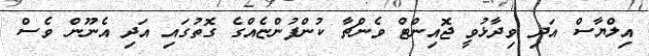
އިލްޔާސް އަދި ވިދާޅުވީ ޖޮއިންޓް ވެންޗާ ކުންފުންޏެއްގެ ގޮތުގައި އަދި އެނޫން ވެސް